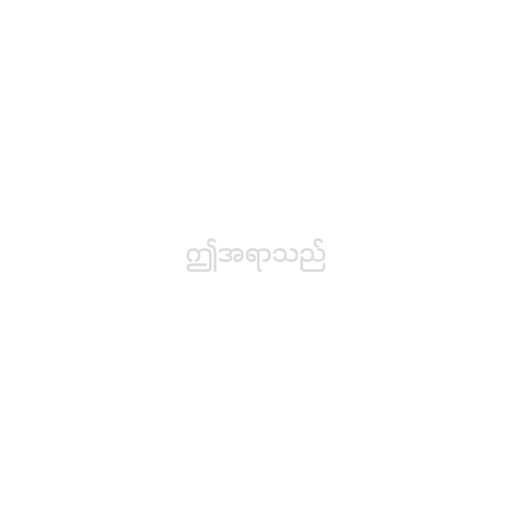
ဤအရာသည်